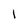
Character: 1